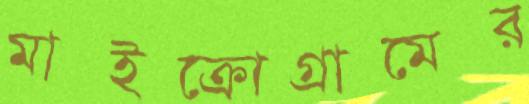
মাইক্রোগ্রামের